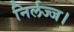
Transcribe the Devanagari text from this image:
निर्लज्ज।